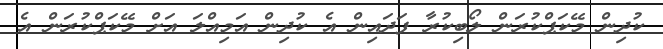
ކުދިން މޭކަޕްކުރަން ލޯބިކުރާ ފަދައިން އެ ކުދިން އަމިއްލަ އަށް މޭކަޕްކުރަން އެ